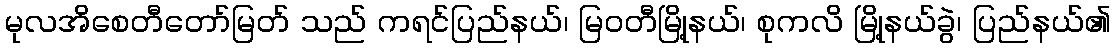
မုလအိစေတီတော်မြတ် သည် ကရင်ပြည်နယ်၊ မြဝတီမြို့နယ်၊ စုကလိ မြို့နယ်ခွဲ၊ ပြည်နယ်၏